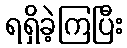
ရရှိခဲ့ကြပြီး